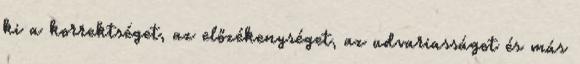
ki a korrektséget, az előzékenységet, az udvariasságot és más